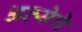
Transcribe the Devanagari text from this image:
अल्सेचे